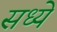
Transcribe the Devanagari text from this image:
सध्ये